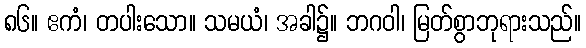
၈၆။ ဧကံ၊ တပါးသော။ သမယံ၊ အခါ၌။ ဘဂဝါ၊ မြတ်စွာဘုရားသည်။